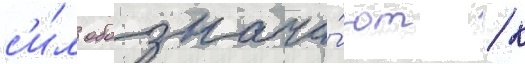
с'и́л обознача́ют / к